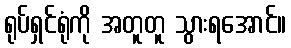
ရုပ်ရှင်ရုံကို အတူတူ သွားရအောင်။